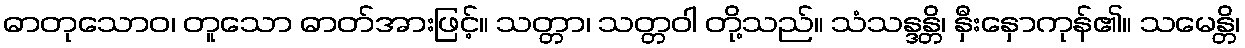
ဓာတုသောဝ၊ တူသော ဓာတ်အားဖြင့်။ သတ္တာ၊ သတ္တဝါ တို့သည်။ သံသန္ဒန္တိ၊ နှီးနှောကုန်၏။ သမေန္တိ၊